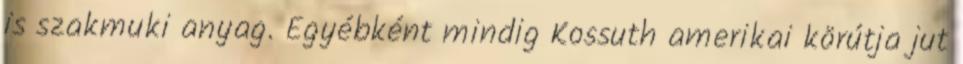
is szakmuki anyag. Egyébként mindig Kossuth amerikai körútja jut